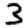
Digit: 3